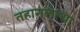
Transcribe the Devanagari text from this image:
तहानलेल्या